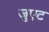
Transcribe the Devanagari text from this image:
जुएट